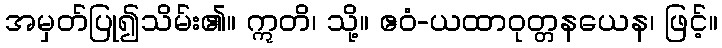
အမှတ်ပြု၍သိမ်း၏။ ဣတိ၊ သို့။ ဧဝံ-ယထာဝုတ္တနယေန၊ ဖြင့်။